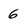
Character: 6